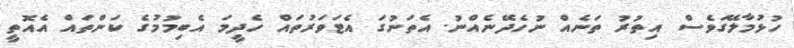
ހުޅުމާލޭގަވެސް އިތުރު ތަނެއް ނުހެދޭނެއްނު. އެތަނުގަ އެޓަވަރުތައް ހެދީމަ އެބިމުމުގެ ކަންތައް އެއޮތީ